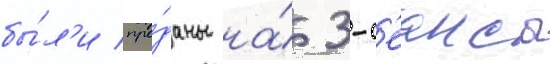
бы́л'и про́даны на́ 3-с'еансы